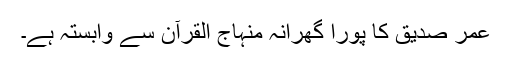
عمر صدیق کا پورا گھرانہ منہاج القرآن سے وابستہ ہے۔